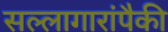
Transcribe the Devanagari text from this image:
सल्लागारांपैकी